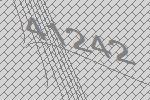
41242